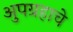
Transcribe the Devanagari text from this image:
अुपग्रहाचे